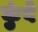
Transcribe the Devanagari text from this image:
कुंवे